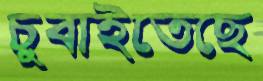
চুবাইতেছে